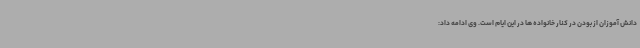
دانش آموزان از بودن در کنار خانواده ها در این ایام است. وی ادامه داد: